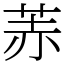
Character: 䓇